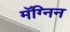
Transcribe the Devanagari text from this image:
मॅग्निन